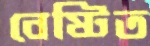
বেষ্টিত